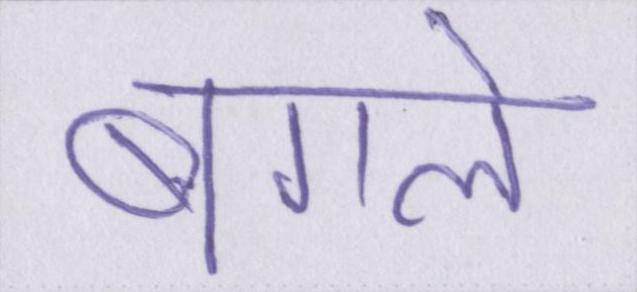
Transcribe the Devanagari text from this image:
बगले